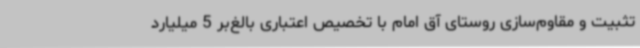
تثبیت و مقاوم‌سازی روستای آق امام با تخصیص اعتباری بالغ‌بر 5 میلیارد